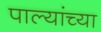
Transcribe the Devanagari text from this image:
पाल्यांच्या